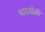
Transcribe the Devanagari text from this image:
पारासौली